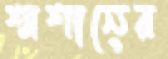
শ্মশানের